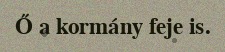
Ő a kormány feje is.